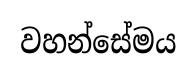
වහන්සේමය